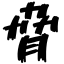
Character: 脅